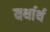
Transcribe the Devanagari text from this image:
यर्थार्थ